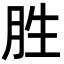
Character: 胜